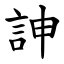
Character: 訷